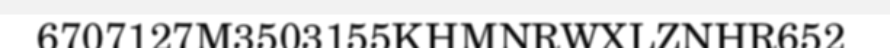
6707127M3503155KHMNRWXLZNHR652